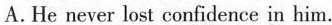
A.He never lost confidence in him.